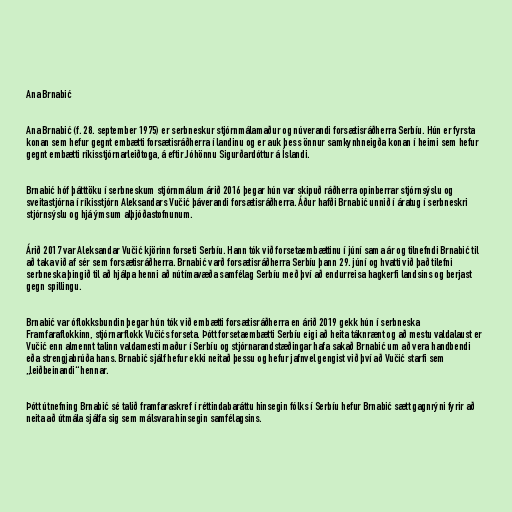
Ana Brnabić

Ana Brnabić (f. 28. september 1975) er serbneskur stjórnmálamaður og núverandi forsætisráðherra Serbíu. Hún er fyrsta
konan sem hefur gegnt embætti forsætisráðherra í landinu og er auk þess önnur samkynhneigða konan í heimi sem hefur
gegnt embætti ríkisstjórnarleiðtoga, á eftir Jóhönnu Sigurðardóttur á Íslandi.

Brnabić hóf þátttöku í serbneskum stjórnmálum árið 2016 þegar hún var skipuð ráðherra opinberrar stjórnsýslu og
sveitastjórna í ríkisstjórn Aleksandars Vučić þáverandi forsætisráðherra. Áður hafði Brnabić unnið í áratug í serbneskri
stjórnsýslu og hjá ýmsum alþjóðastofnunum.

Árið 2017 var Aleksandar Vučić kjörinn forseti Serbíu. Hann tók við forsetaembættinu í júní sama ár og tilnefndi Brnabić til
að taka við af sér sem forsætisráðherra. Brnabić varð forsætisráðherra Serbíu þann 29. júní og hvatti við það tilefni
serbneska þingið til að hjálpa henni að nú­tíma­væða sam­fé­lag Serbíu með því að end­ur­reisa hag­kerfi lands­ins og berjast
gegn spill­ingu.

Brnabić var óflokksbundin þegar hún tók við embætti forsætisráðherra en árið 2019 gekk hún í serbneska
Framfaraflokkinn, stjórnarflokk Vučićs forseta. Þótt forsetaembætti Serbíu eigi að heita táknrænt og að mestu valdalaust er
Vučić enn almennt talinn valdamesti maður í Serbíu og stjórnarandstæðingar hafa sakað Brnabić um að vera handbendi
eða strengjabrúða hans. Brnabić sjálf hefur ekki neitað þessu og hefur jafnvel gengist við því að Vučić starfi sem
„leiðbeinandi“ hennar.

Þótt útnefning Brnabić sé talið framfaraskref í réttindabaráttu hinsegin fólks í Serbíu hefur Brnabić sætt gagnrýni fyrir að
neita að útmála sjálfa sig sem málsvara hinsegin samfélagsins.